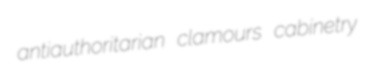
antiauthoritarian clamours cabinetry